Leaving Certificate Examination, 1915
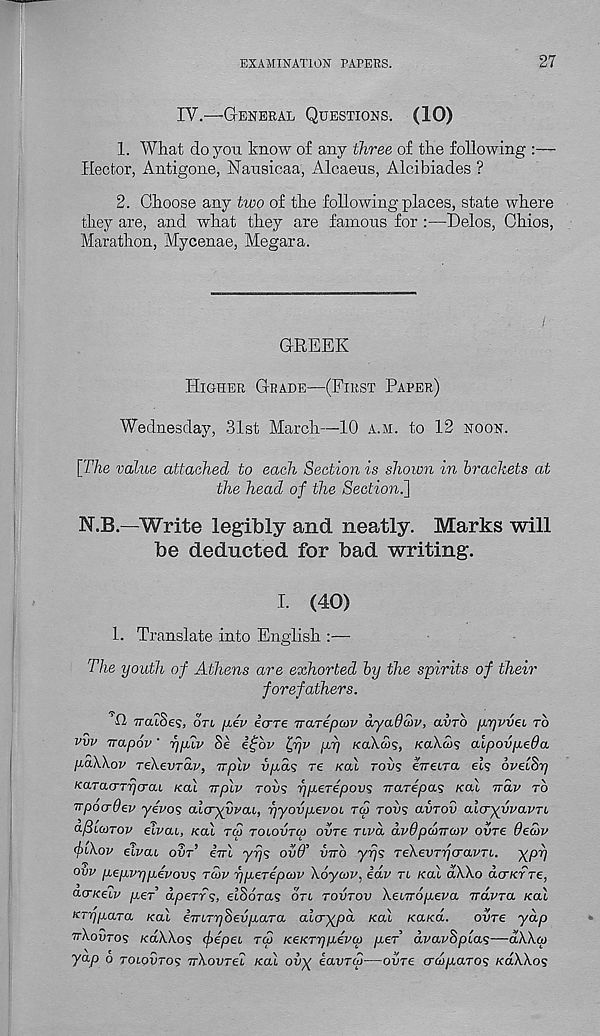
EXAMINATION PAPERS.
27
IV.—GENERAL QUESTIONS. (10)
1. What do you know of any three of the following :—
Hector, Antigone, Nausicaa, Alcaeus, Alcibiades ?
2. Choose any two of the following places, state where
they are, and what they are famous for :—Delos, Chios,
Marathon, Mycenae, Megara.
GREEK
HIGHER GRADE—(FIRST PARER)
Wednesday, 31st March—10 A.M. to 12 NOON.
[The value attached to each Section is shown in brackets at
the head of the Sectioni]
N.B.—Write legibly and neatly. Marks will
be deducted for bad writing.
I. (40)
1. Translate into English :—
The youth of Athens are exhorted by the spirits of their
forefathers.
H TTouSe?, OTL jAv ecrre Trarepcov dyadcov, avrb p.yvvei TO
vvv Trapov' ypdv Se itfbv Irjv p.rj /caA.<3?, /caXw? alpovpeOa
paWov Te\evTa.v, irplv vpds re KCU TOVS ineLTa ei? 6vel8r]
KaTacrTycrcu K<TL irplv rovs ypeTepovs Traripas KO! irav TO
irpoo-dev yevos alcryyvai, rjyovpevoL rw roa? avrov alcryyvavTL
a-fibcoTov eivab, Kal TCS TObovrco ovre TLVO, dv6pd)Tr(ov ovre decov
(jnXov elvau OVT’ iiri yrjs ovd’ inrb yrjs TeXevTycravTL. XPd
ovv pepvrjpivovs TCJV r/pbeTepcov Xoycov, idv Tb /cal SAXo dcncrTe,
a-o-Kebv per dp err 9, etSoras on TOVTOV XebTropeva, TrdvTa Kal
KTypara Kal imTrjSevpMTa alcrypa Kal /ca/cd.
ovre yap
TIXOSTO? KOXXO? <f)epeb rep KeKTrjpeva) per dvav8pla<;—dXXco
yap 6 TOIOSTO? uXovrei Kal ovy eavTco—ovre ad) par os KaXXos